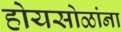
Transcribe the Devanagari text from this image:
होयसोळांना